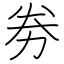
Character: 劵